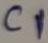
Text: C1